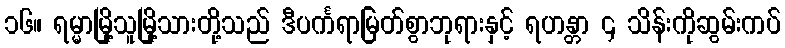
၁၆။ ရမ္မာမြို့သူမြို့သားတို့သည် ဒီပင်္ကရာမြတ်စွာဘုရားနှင့် ရဟန္တာ ၄ သိန်းကိုဆွမ်းကပ်